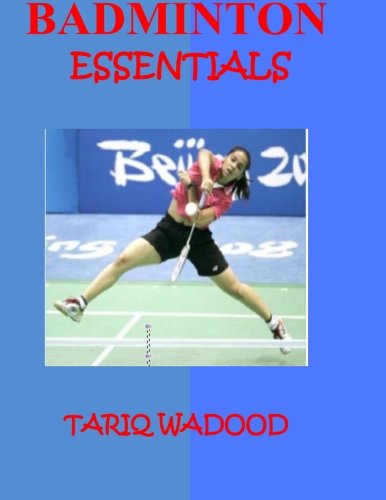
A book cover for Badminton Essentials; Tariq Wadood; Sports & Outdoors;